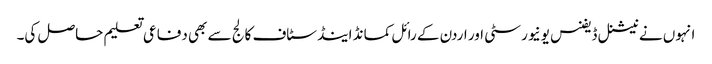
انہوں نے نیشنل ڈیفنس یونیورسٹی اور اردن کے رائل کمانڈ اینڈ سٹاف کالج سے بھی دفاعی تعلیم حاصل کی۔